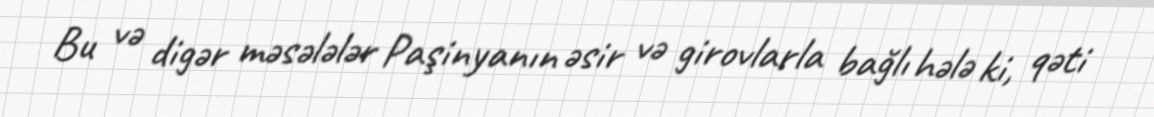
Bu və digər məsələlər Paşinyanın əsir və girovlarla bağlı hələ ki, qəti